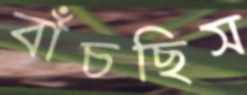
বাঁচছিস